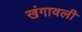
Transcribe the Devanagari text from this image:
खंगावली